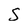
Character: S